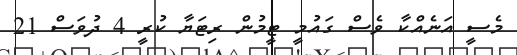
މެސީ އަނެއްކާ ވެސް ގައުމީ ޓީމުން ރިޓަޔާ ކުރީ 4 ދުވަސް 21